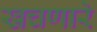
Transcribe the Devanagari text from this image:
खचणारे